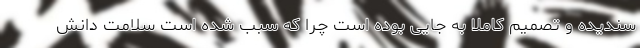
سندیده و تصمیم کاملا به جایی بوده است چرا که سبب شده است سلامت دانش